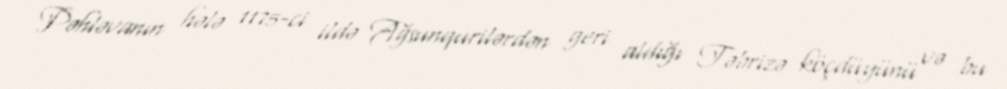
Pəhləvanın hələ 1175-ci ildə Ağsunqurilərdən geri aldığı Təbrizə köçdüyünü və bu